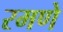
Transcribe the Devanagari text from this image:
रमणे